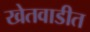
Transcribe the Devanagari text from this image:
खेतवाडीत